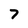
Character: 7